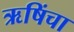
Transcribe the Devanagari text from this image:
ऋषिंचा